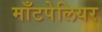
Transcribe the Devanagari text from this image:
माँटपेलियर